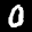
Label: 0